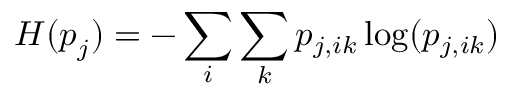
H ( \boldsymbol { p } _ { j } ) = - \sum _ { i } \sum _ { k } p _ { j , i k } \log ( p _ { j , i k } )